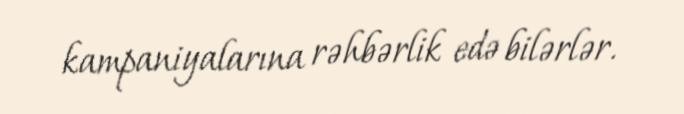
kampaniyalarına rəhbərlik edə bilərlər.